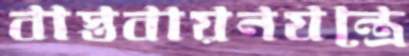
বাস্তবায়নযন্ত্রে